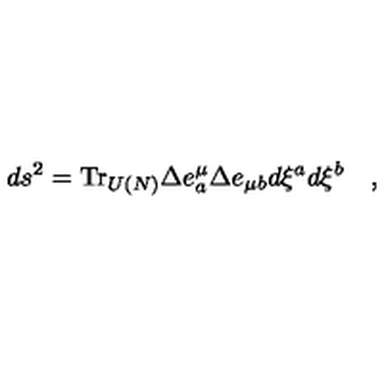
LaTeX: d s ^ { 2 } = \mathrm { T r } _ { U ( N ) } \Delta e _ { a } ^ { \mu } \Delta e _ { \mu b } d \xi ^ { a } d \xi ^ { b } \quad ,